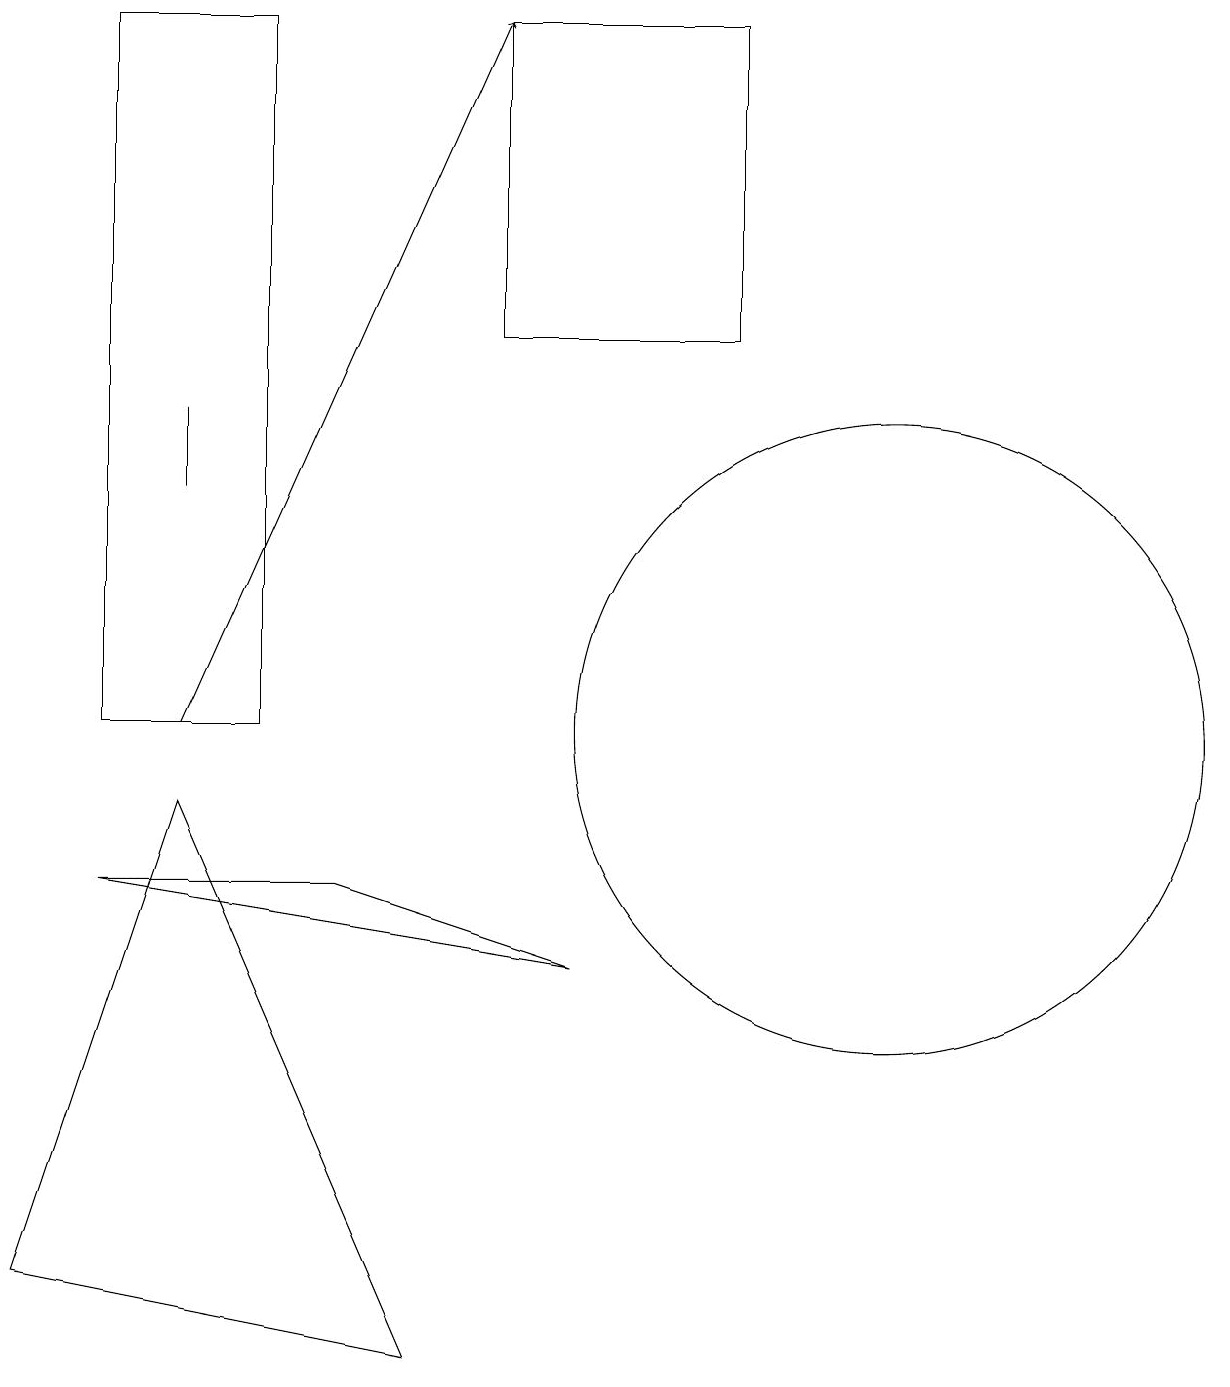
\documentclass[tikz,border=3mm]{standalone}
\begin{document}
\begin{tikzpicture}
\draw (2,13) rectangle (2,14);
\draw (11,10) circle (4);
\draw (1,8) -- (7,7) -- (4,8) -- cycle;
\draw (1,10) rectangle (3,19);
\draw (2,9) -- (5,2) -- (0,3) -- cycle;
\draw (9,15) rectangle (6,19);
\draw[->] (2,10) -- (6,19);
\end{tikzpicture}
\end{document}